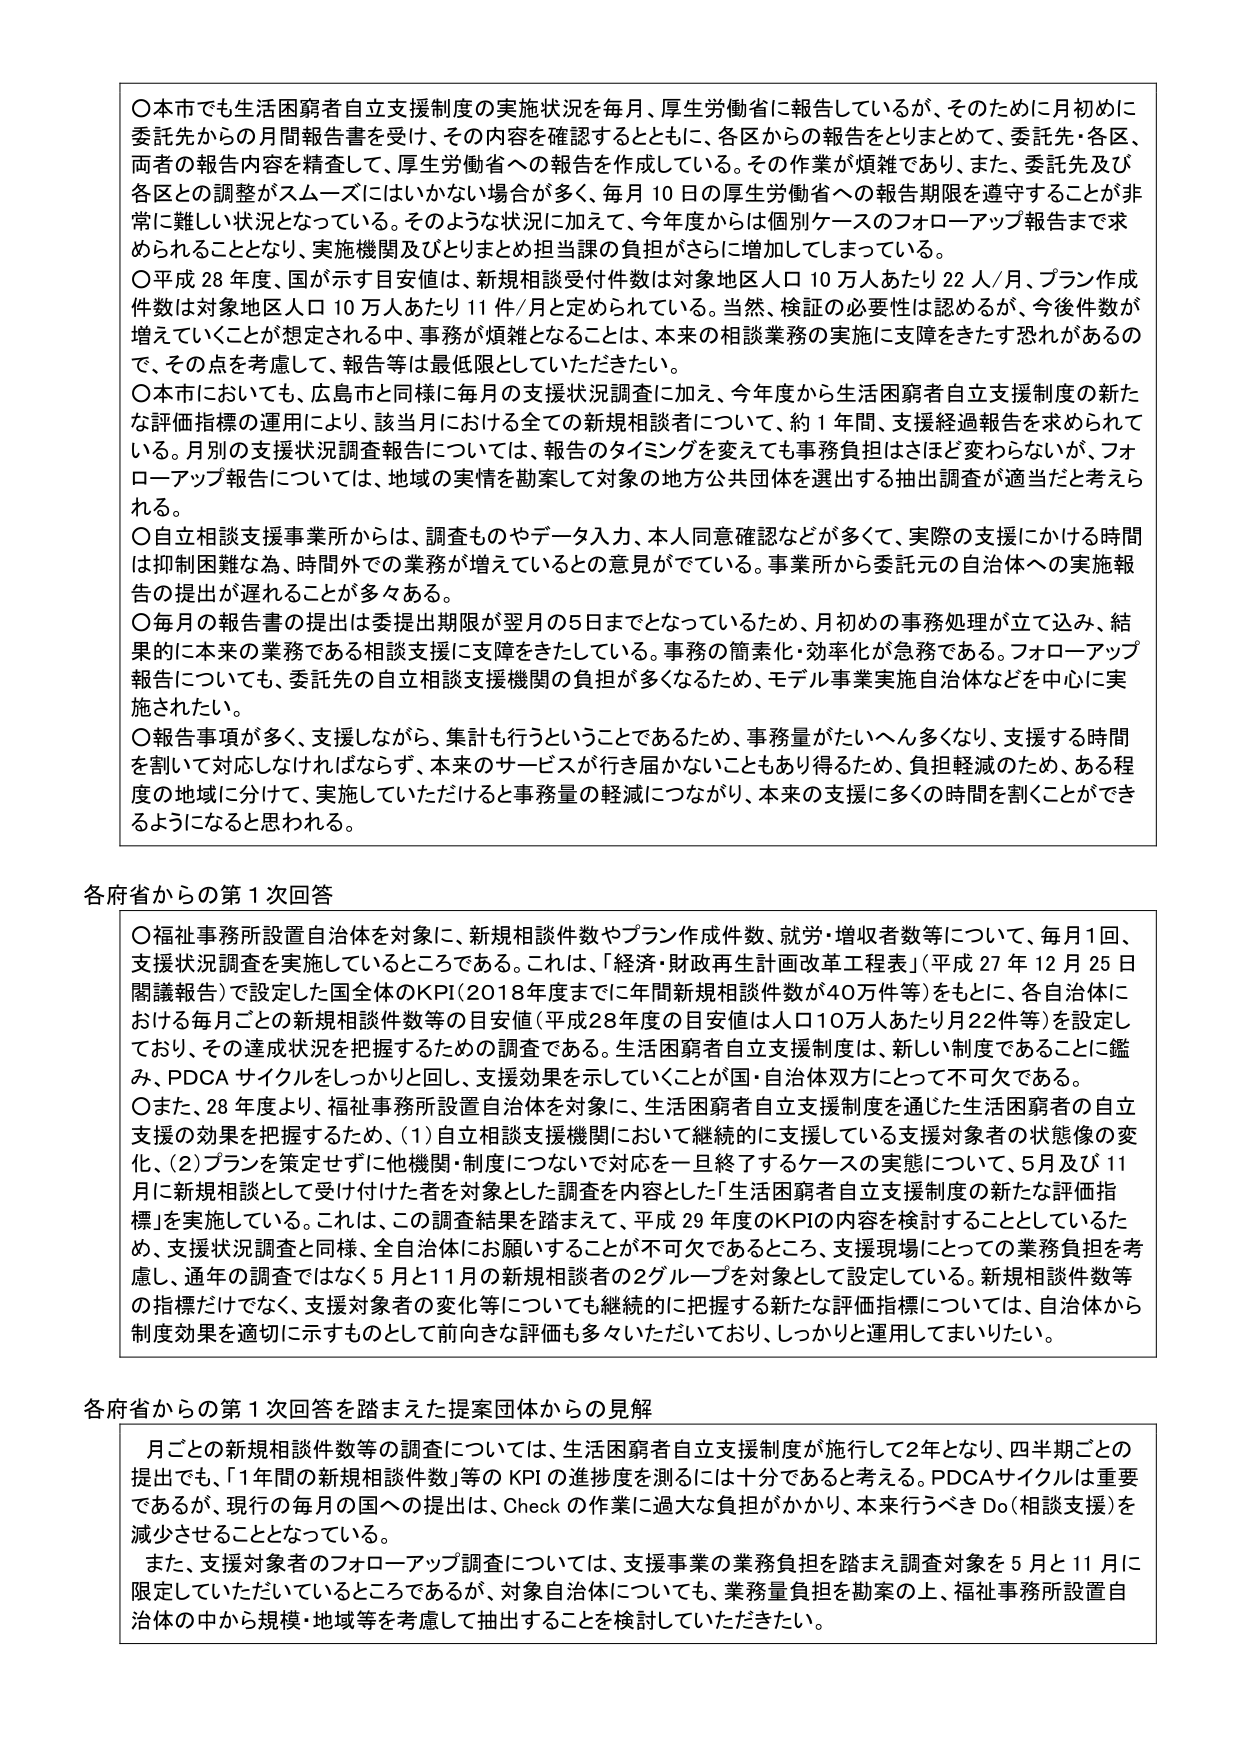
〇本市でも生活困窮者自立支援制度の実施状況を毎月、厚生労働省に報告しているが、そのため月はじめに委託先からの月間報告書を受け、その内容を確認するとともに、各区からの報告をとりまとめて、委託先・各区、両者の報告内容を精査して、厚生労働省への報告を作成している。その作業が煩雑であり、また、委託先及び各区との調整がスムーズにはいかない場合が多く、毎月10日の厚生労働省への報告期限を遵守することが非常に難しい状況となっている。そのような状況に加えて、今年度から個別ケースのフォローアップ報告まで求められることとなり、実施機関及びとりまとめ担当課の負担がさらに増加してしまっている。

〇平成28年度、国が示す目安値は、新規相談受付件数は対象地区人口10万人あたり22人/月、プラン作成件数は対象地区人口10万人あたり11件/月と定められている。当然、検証の必要性は認めるが、今後件数が増えていくことが想定される中、事務が煩雑となることは、本来の相談業務の実施に支障をきたす恐れがあるの で、その点を考慮して、報告等は最低限としていただきたい。

〇本市においても、広島市と同様に毎月の支援状況調査に加え、今年度から生活困窮者自立支援制度の新たな評価指標の運用により、該当月における全ての新規相談者について、約1年間、支援経過報告を求められている。月別の支援状況調査報告については、報告のタイミングを変えても事務負担はさほど変わらないが、フォローアップ報告については、地域の実情を勘案して対象の地方公共団体を選出する抽出調査が適当だと考えられる。

〇自立相談支援事業所からは、調査ものやデータ入力、本人同意確認などが多くて、実際の支援にかける時間は抑制困難な為、時間外での業務が増えているとの意見がでている。事業所から委託元の自治体への実施報告の提出が遅れることが多々ある。

〇毎月の報告書の提出は委提出期限が翌月の5日までとなっているため、月初めの事務処理が立て込み、結果的に本来の業務である相談支援に支障をきたしている。事務の簡素化・効率化が急務である。フォローアップ報告についても、委託先の自立相談支援機関の負担が多くなるため、モデル事業実施自治体などを中心に実施されたい。

〇報告事項が多く、支援しながら、集計も行うということであるため、事務量がたいへん多くなり、支援する時間を割いて対応しなければならず、本来のサービスが行き届かないこともあり得るため、負担軽減のため、ある程度の地域に分けて、実施していただけると事務量の軽減につながり、本来の支援に多くの時間を割くことができるようになると思われる。

各府省からの第1次回答

〇福祉事務所設置自治体を対象に、新規相談件数やプラン作成件数、就労・増収者数等について、毎月1回、支援状況調査を実施しているところである。これは、「経済・財政再生計画改革工程表」（平成27年12月25日閣議報告）で設定した国全体のKPI（2018年度までに年間新規相談件数が40万件等）をもとに、各自治体における毎月ごとの新規相談件数等の目安値（平成28年度の目安値は人口10万人あたり月22件等）を設定しており、その達成状況を把握するための調査である。生活困窮者自立支援制度は、新しい制度であることに鑑み、PDCAサイクルをしっかり回し、支援効果を示していくことが国・自治体双方にとって不可欠である。

〇また、28年度より、福祉事務所設置自治体を対象に、生活困窮者自立支援制度を通じた生活困窮者の自立支援の効果を把握するため、（1）自立相談支援機関において継続的に支援している支援対象者の状態像の変化、（2）プランを策定せずに他機関・制度につなげて対応を一旦終了するケースの実態について、5月及び11月に新規相談として受け付けた者を対象とした調査を内容とした「生活困窮者自立支援制度の新たな評価指標」を実施している。これは、この調査結果を踏まえて、平成29年度のKPIの内容を検討することとしているため、支援状況調査と同様、全自治体にお願いすることが不可欠であるところ、支援現場にとっての業務負担を考慮し、通年の調査ではなく5月と11月の新規相談者の2グループを対象として設定している。新規相談件数等の指標だけでなく、支援対象者の変化等についても継続的に把握する新たな評価指標については、自治体から制度効果を適切に示すものとして前向きな評価も多々いただいており、しっかり運用してまいりたい。

各府省からの第1次回答を踏まえた提案団体からの見解

月ごとの新規相談件数等の調査については、生活困窮者自立支援制度が施行して2年となり、四半期ごとの提出でも、「1年間の新規相談件数」等のKPIの進捗度を測るには十分であると考える。PDCAサイクルは重要であるが、現行の毎月の国への提出は、Checkの作業に過大な負担がかかり、本来行うべきDo（相談支援）を減少させることとなっている。

また、支援対象者のフォローアップ調査については、支援事業の業務負担を踏まえ調査対象を5月と11月に限定していただいているところであるが、対象自治体についても、業務量負担を勘案の上、福祉事務所設置自治体の中から規模・地域等を考慮して抽出することを検討していただきたい。